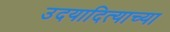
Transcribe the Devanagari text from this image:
उदयादित्याच्या